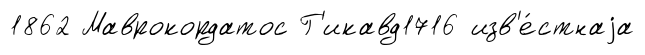
1862 Маврокордатос Г'икавд1716 изв'е́стнаjа